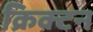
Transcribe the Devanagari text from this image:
क्रिक्टन